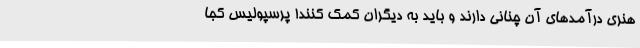
هنری درآمدهای آن چنانی دارند و باید به دیگران کمک کنند! پرسپولیس کجا